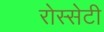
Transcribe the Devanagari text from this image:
रोस्सेटी